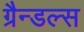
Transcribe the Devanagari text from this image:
ग्रैन्डल्स